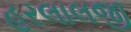
હરલાલજી